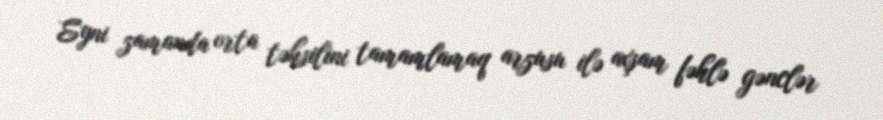
Eyni zamanda orta təhsilini tamamlamaq arzusu ilə axşam fəhlə gənclər